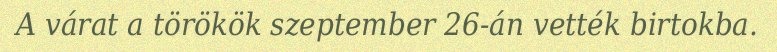
A várat a törökök szeptember 26-án vették birtokba.